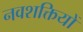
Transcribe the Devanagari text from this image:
नवशक्तियों